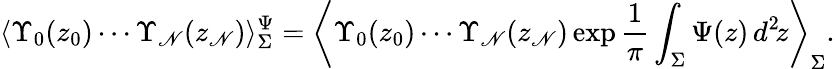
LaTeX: \langle\Upsilon_{0}(z_{0})\cdots\Upsilon_{\mathscr{N}}(z_{\mathscr{N}})\rangle_{\Sigma}^{\Psi}=\left\langle\Upsilon_{0}(z_{0})\cdots\Upsilon_{\mathscr{N}}(z_{\mathscr{N}})\exp\frac{{1}}{{\pi}}\int_{\Sigma}\Psi(z)\, d^{2}\! z\right\rangle_{\Sigma}.